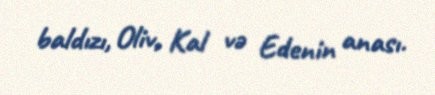
baldızı, Oliv, Kal və Edenin anası.